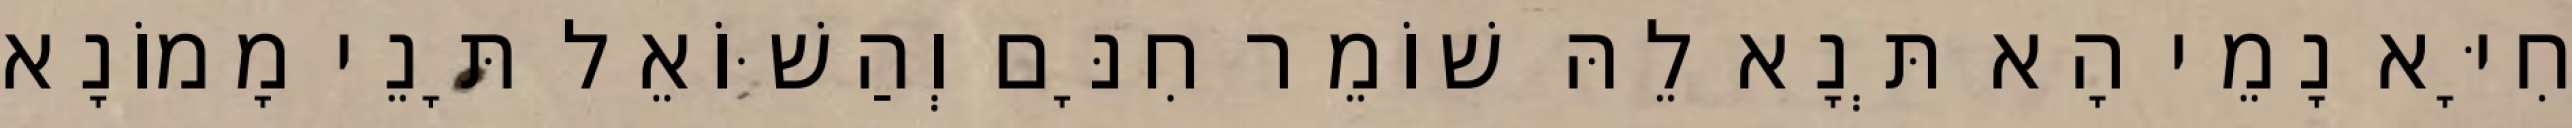
חִיָּא נָמֵי הָא תְּנָא לֵהּ שׁוֹמֵר חִנָּם וְהַשּׁוֹאֵל תָּנֵי מָמוֹנָא